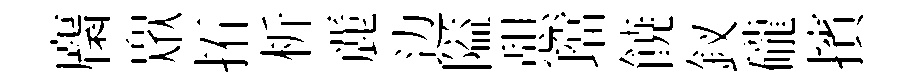
麕衆拓析䴡边隘憇璫𩜙釵礲擯